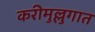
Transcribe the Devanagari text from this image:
करीमुल्लुगात